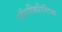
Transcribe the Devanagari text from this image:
पॉराफिरिटिक